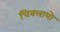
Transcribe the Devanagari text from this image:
चिक्लायो